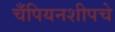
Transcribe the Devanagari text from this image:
चँपियनशीपचे